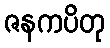
ဇနကပိတု